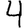
Digit: 4